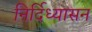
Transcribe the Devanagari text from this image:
निर्दिध्यासन